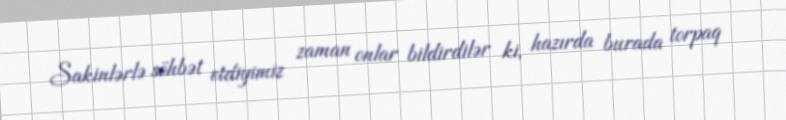
Sakinlərlə söhbət etdiyimiz zaman onlar bildirdilər ki, hazırda burada torpaq